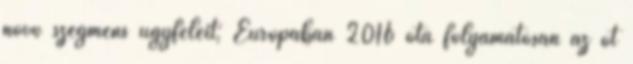
növő szegmens ügyfeleit; Európában 2016 óta folyamatosan az öt